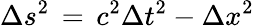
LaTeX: \Delta s^{2}\, =\, c^{2}\Delta t^{2}-\Delta x^{2}